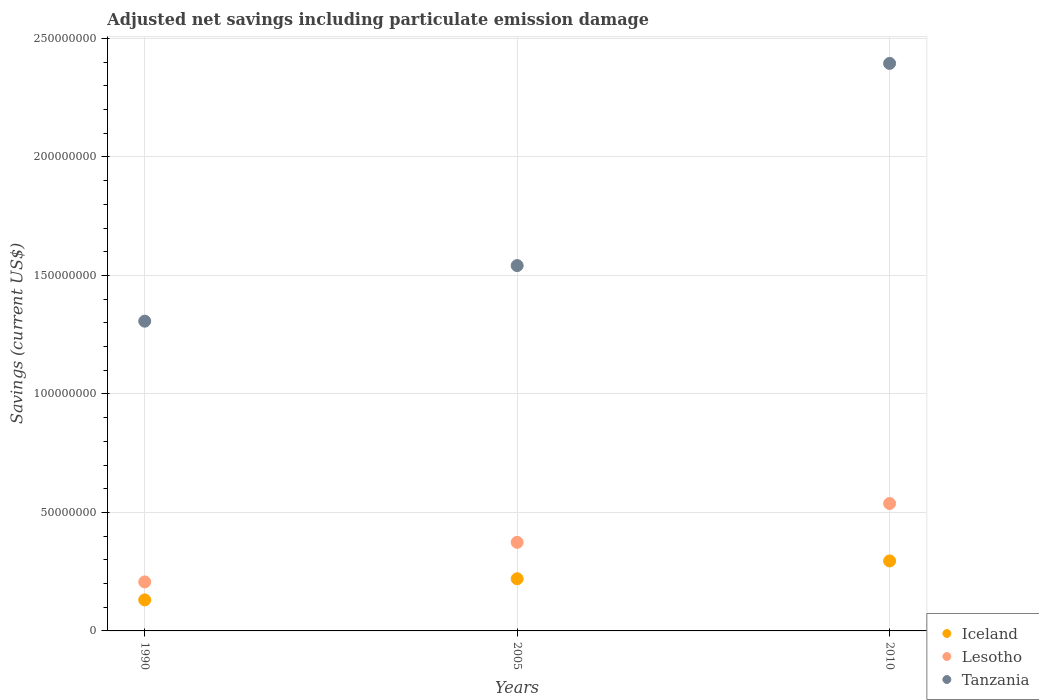
| Years | Iceland | Lesotho | Tanzania |
 | --- | --- | --- | --- |
 | 1990 | 1.31e+07 | 2.07e+07 | 1.31e+08 |
 | 2005 | 2.2e+07 | 3.74e+07 | 1.54e+08 |
 | 2010 | 2.95e+07 | 5.38e+07 | 2.39e+08 |